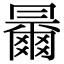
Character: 𠕰